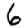
Digit: 6